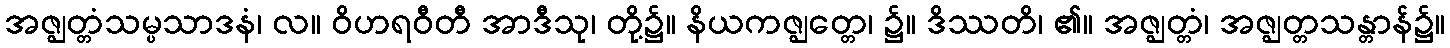
အဇ္ဈတ္တံသမ္ပသာဒနံ၊ လ။ ဝိဟရဝီတီ အာဒီသု၊ တို့၌။ နိယကဇ္ဈတ္တေ၊ ၌။ ဒိဿတိ၊ ၏။ အဇ္ဈတ္တံ၊ အဇ္ဈတ္တသန္တာန်၌။